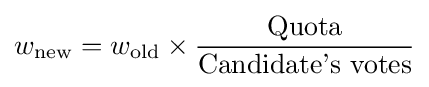
w_{\text{new}}=w_{\text{old}}\times {\frac {\text{Quota}}{\text{Candidate's votes}}}